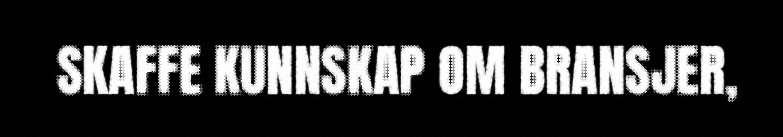
SKAFFE KUNNSKAP OM BRANSJER,